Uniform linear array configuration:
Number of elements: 4
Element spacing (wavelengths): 0.5
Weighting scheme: kaiser
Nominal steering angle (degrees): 15
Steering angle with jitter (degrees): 14.745
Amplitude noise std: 0.05
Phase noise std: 0.05

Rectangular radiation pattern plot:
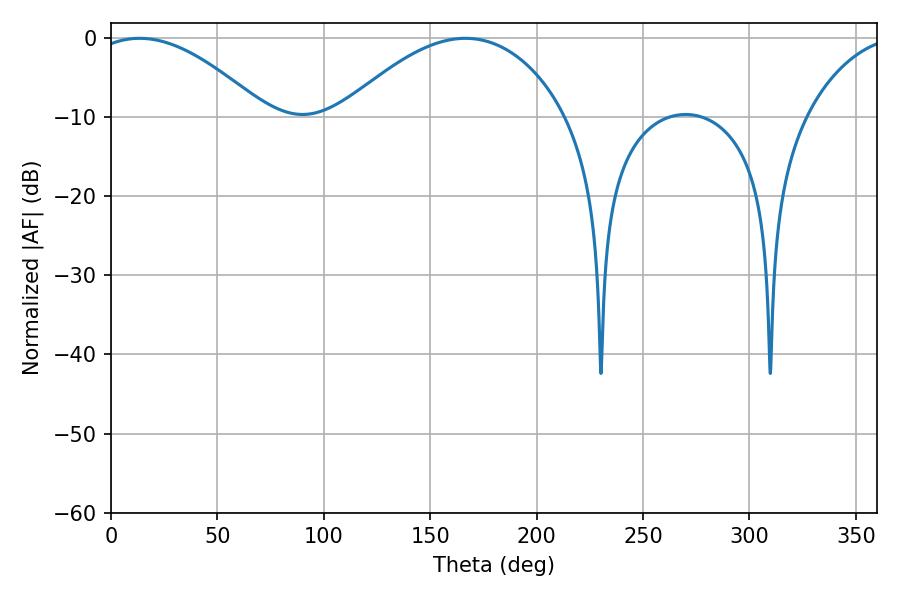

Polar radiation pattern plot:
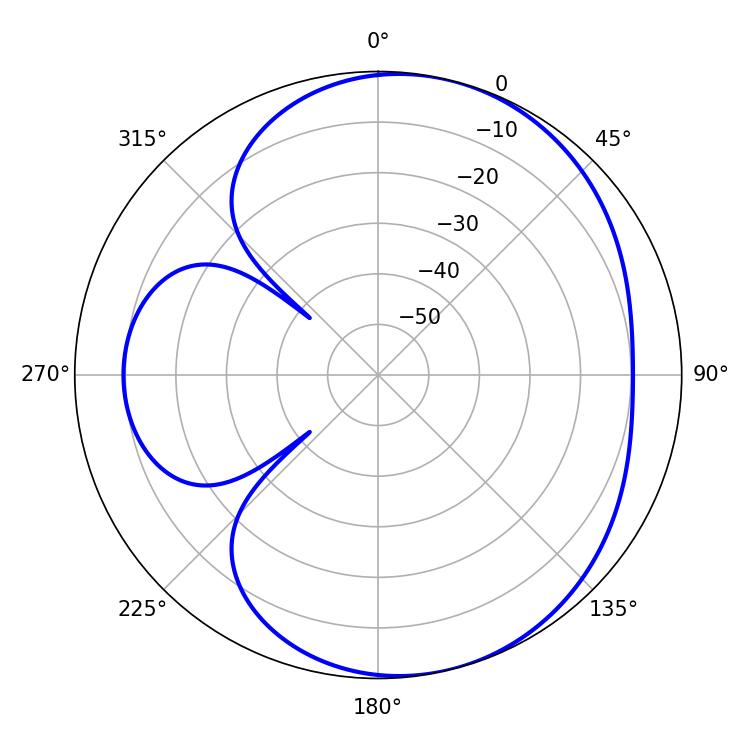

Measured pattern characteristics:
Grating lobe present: FALSE
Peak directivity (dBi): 5.467
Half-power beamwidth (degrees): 44.82
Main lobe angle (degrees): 13.5